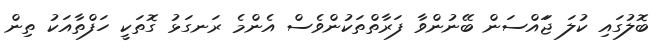
ބޮލުގައި ކުލަ ޖަައްސަން ބޭނުންވާ ފަރާތްތަކުންވެސް އެންމެ ރަނގަޅު ގޮތަކީ ހަފްތާއަކު ތިން